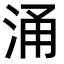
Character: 涌